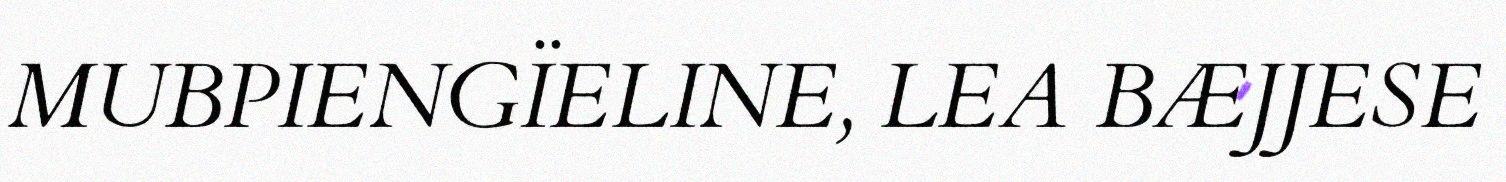
MUBPIENGÏELINE, LEA BÆJJESE